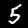
Digit: 5